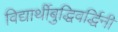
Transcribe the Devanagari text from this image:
विद्यार्थीबुद्धिवर्द्धिनी